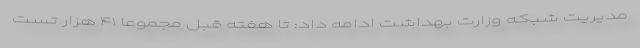
مدیریت شبکه وزارت بهداشت ادامه داد: تا هفته قبل مجموعا ۴۱ هزار تست